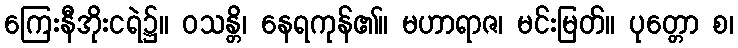
ကြေးနီအိုးငရဲ၌။ ဝသန္တိ၊ နေရကုန်၏။ မဟာရာဇ၊ မင်းမြတ်။ ပုတ္တော စ၊